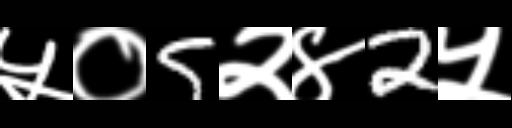
Text: ५०5२४2५